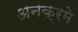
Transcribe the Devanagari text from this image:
अनक्रमे